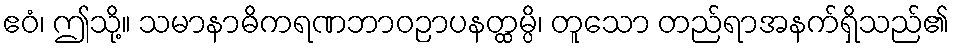
ဧဝံ၊ ဤသို့။ သမာနာဓိကရဏဘာဝဉာပနတ္ထမ္ပိ၊ တူသော တည်ရာအနက်ရှိသည်၏